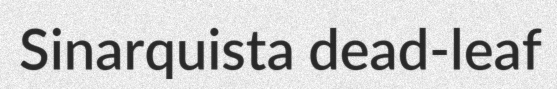
Sinarquista dead-leaf